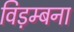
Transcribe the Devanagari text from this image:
विड़म्बना